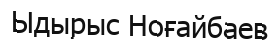
Ыдырыс Ноғайбаев